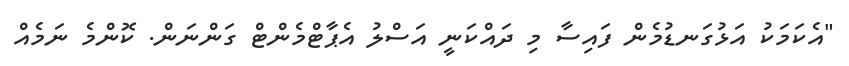
"އެކަމަކު އަޅުގަނޑުމެން ފައިސާ މި ދައްކަނީ އަސްލު އެޕާޓްމެންޓް ގަންނަން. ކޮންމެ ނަމެއް